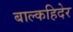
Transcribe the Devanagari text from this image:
बाल्कहिदेर